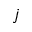
j